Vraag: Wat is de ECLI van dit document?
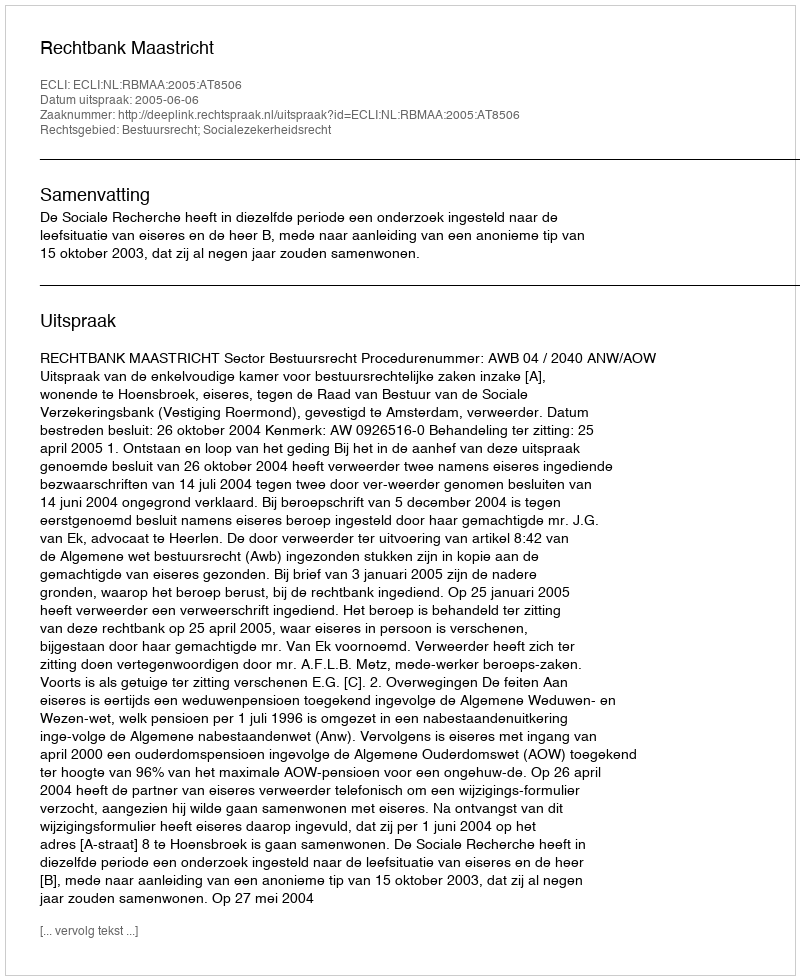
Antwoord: ECLI:NL:RBMAA:2005:AT8506